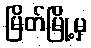
မြိတ်မြို့မှ